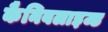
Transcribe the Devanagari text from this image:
कैनिबलाइज्ड